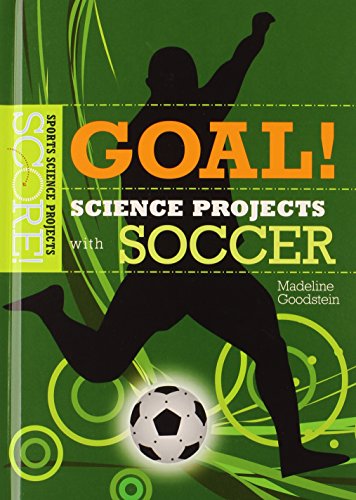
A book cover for Goal! Science Projects With Soccer (Score! Sports Science Projects); Madeline Goodstein; Children's Books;